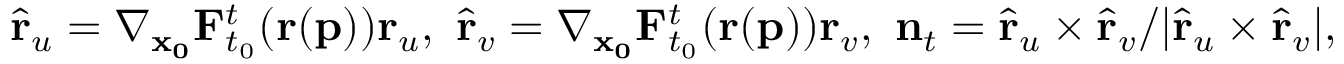
\hat { \mathbf { r } } _ { u } = \nabla _ { \mathbf { x _ { 0 } } } \mathbf { F } _ { t _ { 0 } } ^ { t } ( \mathbf { r } ( \mathbf { p } ) ) \mathbf { r } _ { u } , \ \hat { \mathbf { r } } _ { v } = \nabla _ { \mathbf { x _ { 0 } } } \mathbf { F } _ { t _ { 0 } } ^ { t } ( \mathbf { r } ( \mathbf { p } ) ) \mathbf { r } _ { v } , \ \mathbf { n } _ { t } = \hat { \mathbf { r } } _ { u } \times \hat { \mathbf { r } } _ { v } / \vert \hat { \mathbf { r } } _ { u } \times \hat { \mathbf { r } } _ { v } \vert ,